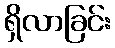
ရှိလာခြင်း